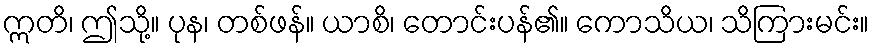
ဣတိ၊ ဤသို့။ ပုန၊ တစ်ဖန်။ ယာစိ၊ တောင်းပန်၏။ ကောသိယ၊ သိကြားမင်း။